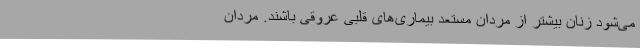
می‌شود زنان بیشتر از مردان مستعد بیماری‌های قلبی عروقی باشند. مردان